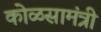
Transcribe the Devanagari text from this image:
कोळसामंत्री